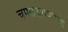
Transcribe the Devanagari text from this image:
चमसनारायणाचा